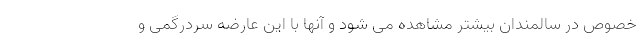
خصوص در سالمندان بیشتر مشاهده می شود و آنها با این عارضه سردرگمی و